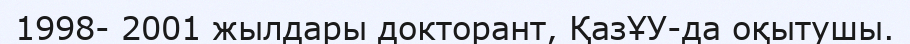
1998- 2001 жылдары докторант, ҚазҰУ-да оқытушы.